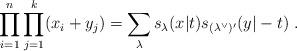
LaTeX: \begin{align*}\prod_{i=1}^{n}\prod_{j=1}^{k}(x_{i}+y_{j})=\sum_{\lambda }s_{\lambda}(x|t)s_{(\lambda ^{\vee })^{\prime }}(y|-t)\;. \end{align*}